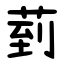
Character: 菿